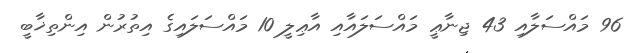
96 މައްސަލާއި 43 ޖިނާޢީ މައްސަލައާއި އާޢިލީ 10 މައްސަލައިގެ އިތުރުން އިންތިޚާބީ